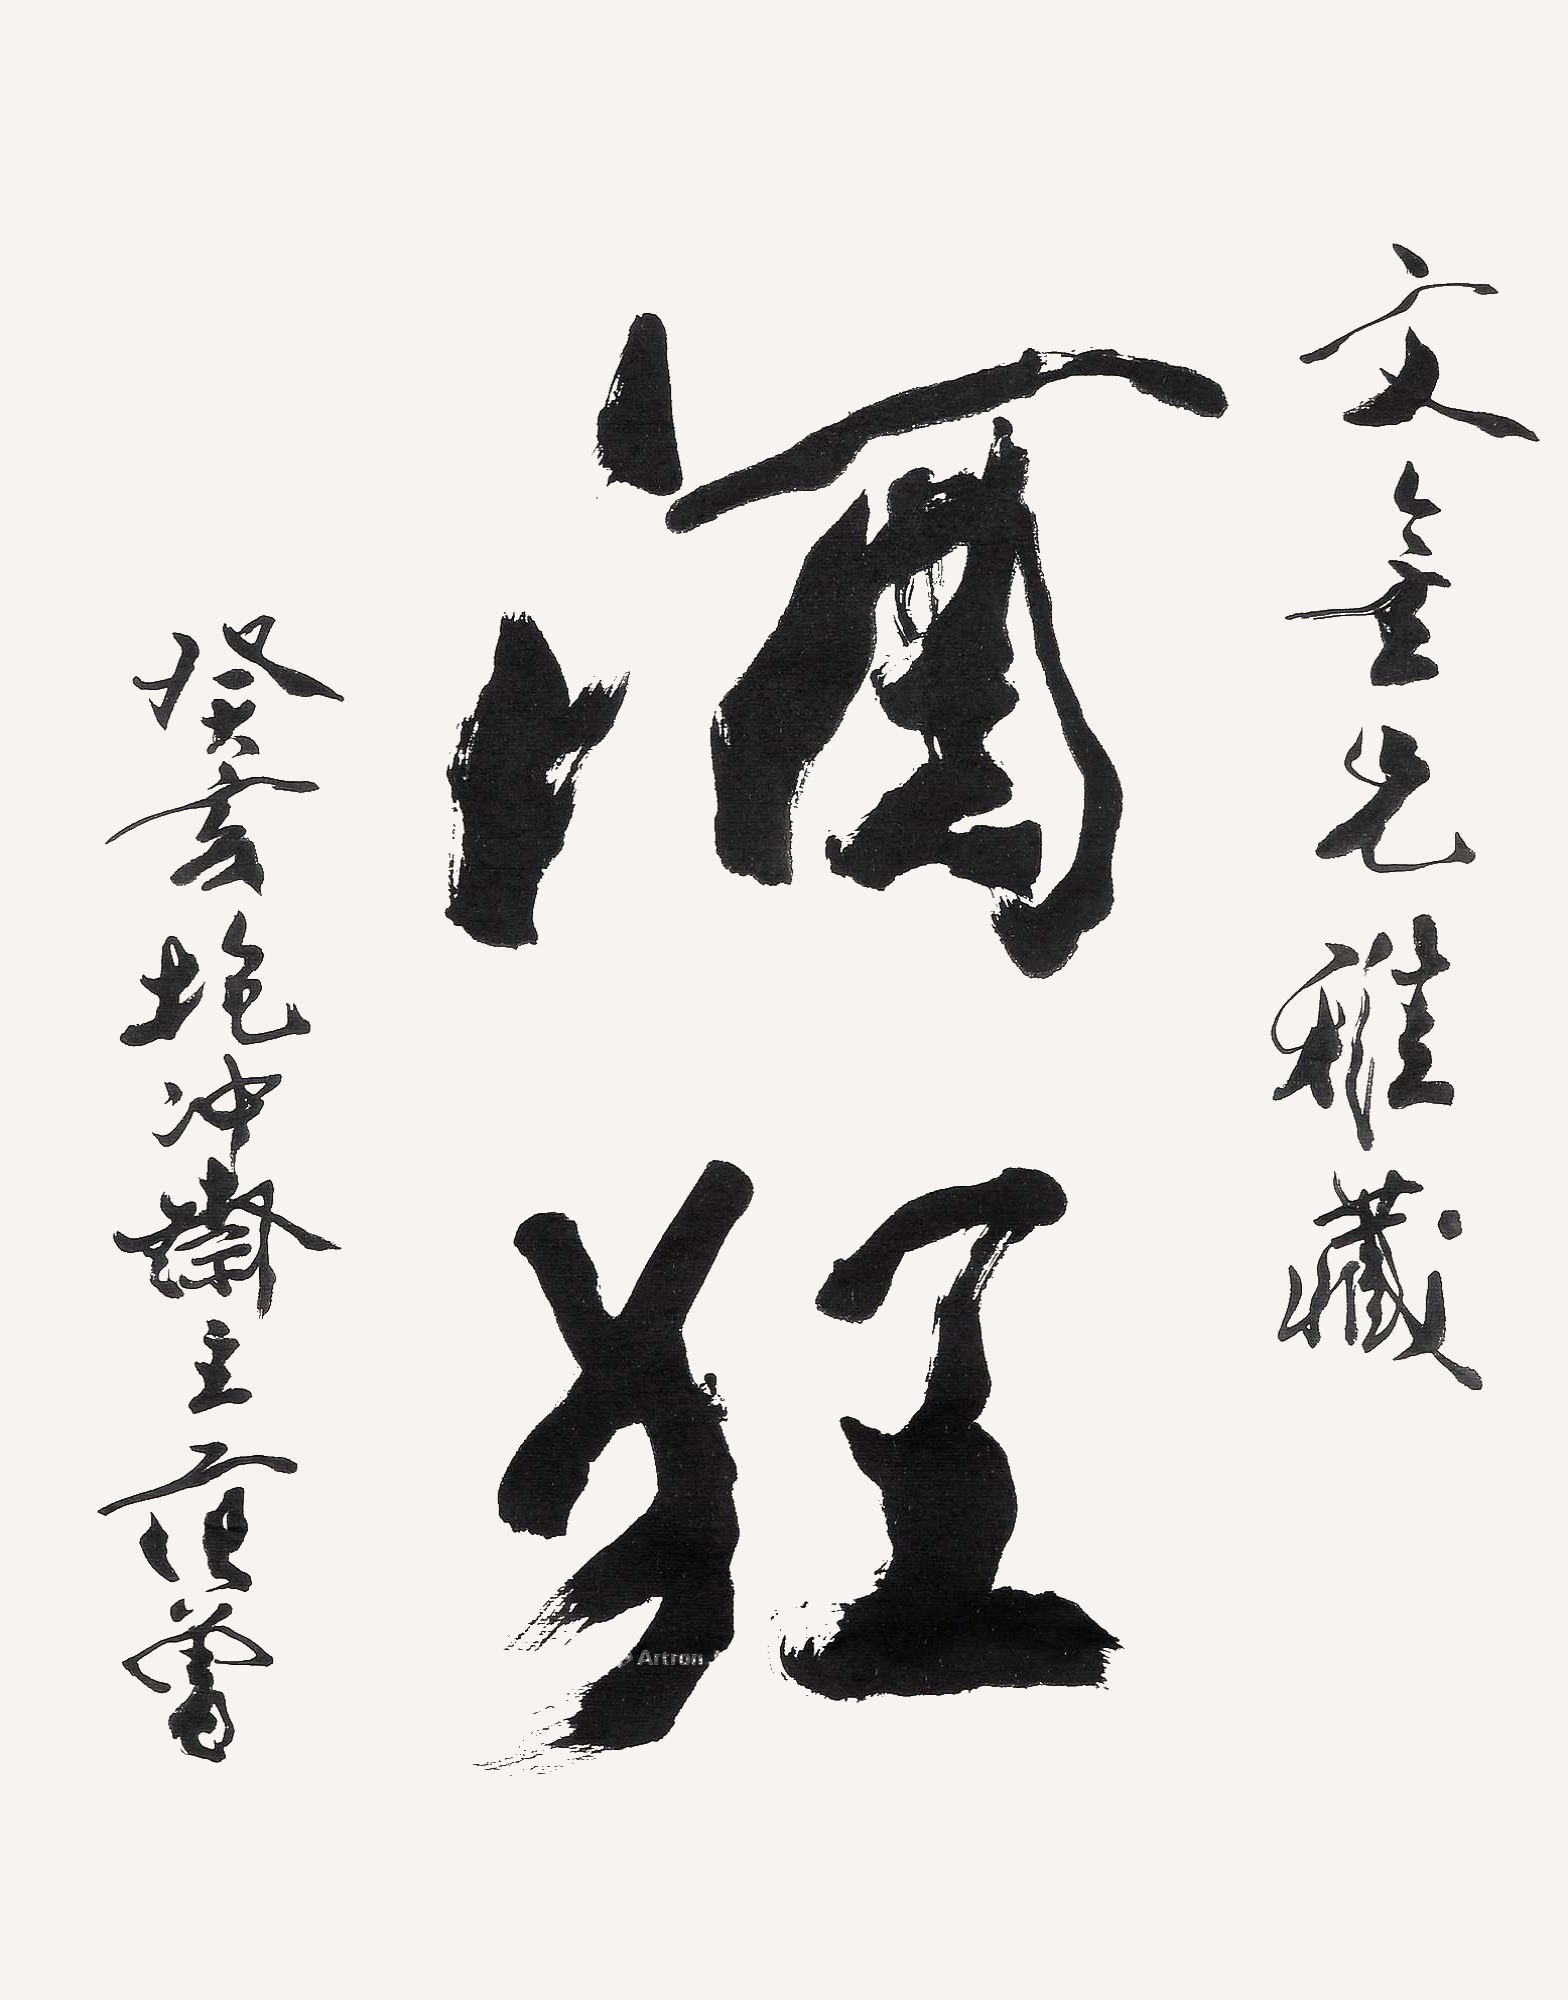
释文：酒狂文金兄雅藏，癸亥抱冲斋主，范曾。